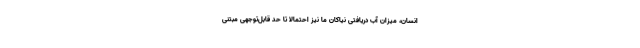
انسان، میزان آب دریافتیِ نیاکان ما نیز احتمالاً تا حد قابل‌توجهی مبتنی